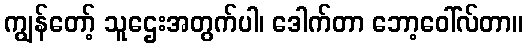
ကျွန်တော့် သူဌေးအတွက်ပါ၊ ဒေါက်တာ ဘော့ဝေါ်လ်တာ။